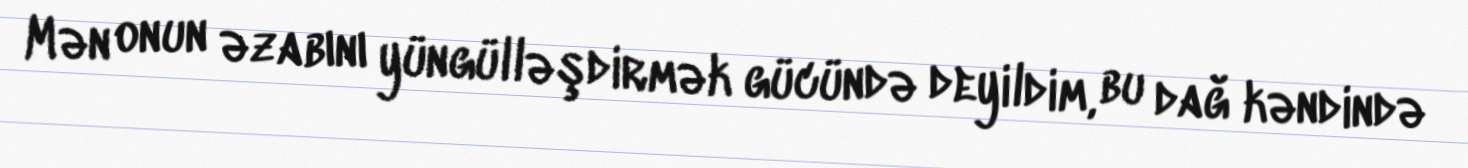
Mən onun əzabını yüngülləşdirmək gücündə deyildim, bu dağ kəndində